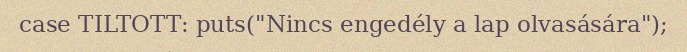
case TILTOTT: puts("Nincs engedély a lap olvasására");